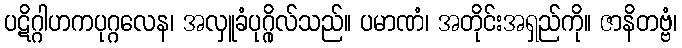
ပဋိဂ္ဂါဟကပုဂ္ဂလေန၊ အလှူခံပုဂ္ဂိုလ်သည်။ ပမာဏံ၊ အတိုင်းအရှည်ကို။ ဇာနိတဗ္ဗံ၊